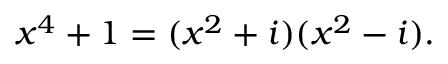
x ^ { 4 } + 1 = ( x ^ { 2 } + i ) ( x ^ { 2 } - i ) .